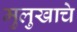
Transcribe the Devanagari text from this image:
मुलुखाचे